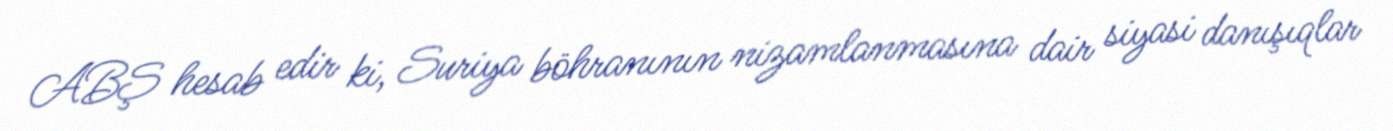
ABŞ hesab edir ki, Suriya böhranının nizamlanmasına dair siyasi danışıqlar